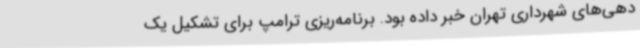
دهی‌های شهرداری تهران خبر داده بود. برنامه‌ریزی ترامپ برای تشکیل یک